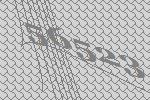
56523